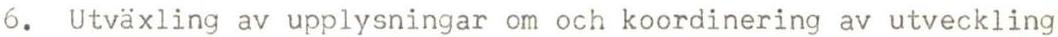
6. Utväxling av upplysningar om och koordinering av utveckling